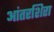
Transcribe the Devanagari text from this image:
आंतरशिरा